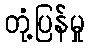
တုံ့ပြန်မှု